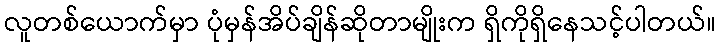
လူတစ်ယောက်မှာ ပုံမှန်အိပ်ချိန်ဆိုတာမျိုးက ရှိကိုရှိနေသင့်ပါတယ်။